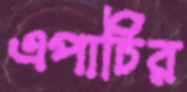
এপার্চির